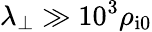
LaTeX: \lambda_{\perp}\gg 10^{3}\rho_{\mathrm{i}0}